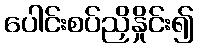
ပေါင်းစပ်ညှိနှိုင်း၍